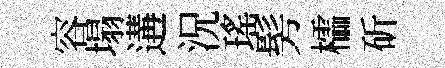
容塌遘況瑤髣櫺斫